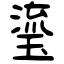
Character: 瑬